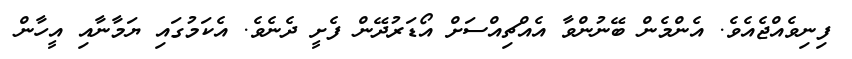
ފިނިވެއްޖެއެވެ. އެންމެން ބޭނުންވާ އެއްޗިއްސަށް އޯޑަރުދޭން ފެށީ ދެނެވެ. އެކަމުގައި ޔަމާނާއި އީހާން